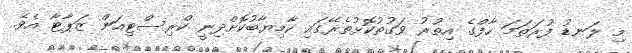
މި ލަނޑު ފުރަތަމަ ހާފްގެ އިތުރު ވަގުތުކޮޅުތެރޭގައި ކާމިޔާބުކޮށްދިނީ ކްރިސްޓިއަން ޒަޕާޓާ އެވެ.